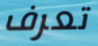
تعرف